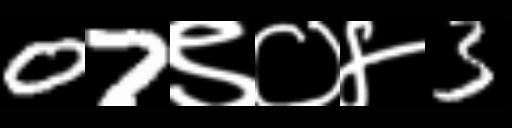
Text: 07९०४3